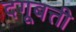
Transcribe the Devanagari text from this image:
दगूबत्ती